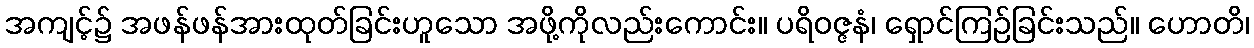
အကျင့်၌ အဖန်ဖန်အားထုတ်ခြင်းဟူသော အဖို့ကိုလည်းကောင်း။ ပရိဝဇ္ဇနံ၊ ရှောင်ကြဉ်ခြင်းသည်။ ဟောတိ၊